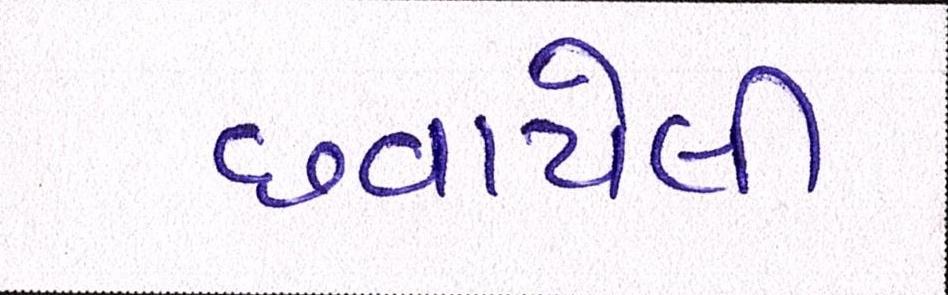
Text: છવાયેલી